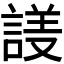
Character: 𬢱